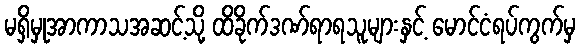
မရှိမှုအာကာသအဆင့်သို့ ထိခိုက်ဒဏ်ရာရသူများနှင့် မောင်ငံရပ်ကွက်မှ